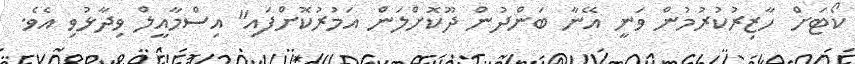
ކޯޓަށް ހާޒިރުކުރުމުން ވަނީ އޭނާ ބަންދުން ދޫކޮށްލަން އަމުރުކޮށްފައި" އިސްމާއީލް ވިދާޅުވި އެވެ.